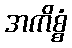
အကိစ္စံ